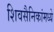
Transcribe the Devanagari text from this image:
शिवसैनिकांमध्ये